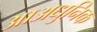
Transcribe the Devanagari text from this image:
आअधुनिक